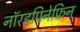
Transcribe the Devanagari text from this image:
नॉरइपिनेफ्रिन